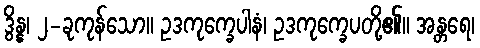
ဒွိန္န၊ ၂-ခုကုန်သော။ ဥဒကုက္ခေပါနံ၊ ဥဒကုက္ခေပတို့၏။ အန္တရေ၊